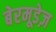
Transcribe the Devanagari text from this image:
बेरमूडेज़